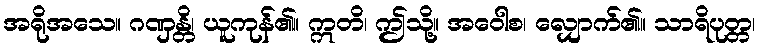
အရိုအသေ။ ဂဏှန္တိ၊ ယူကုန်၏။ ဣတိ၊ ဤသို့။ အဝေါစ၊ လျှောက်၏။ သာရိပုတ္တ၊